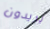
يريدون